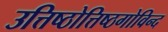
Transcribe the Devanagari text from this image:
उत्तिष्ठोत्तिष्ठगोविन्द